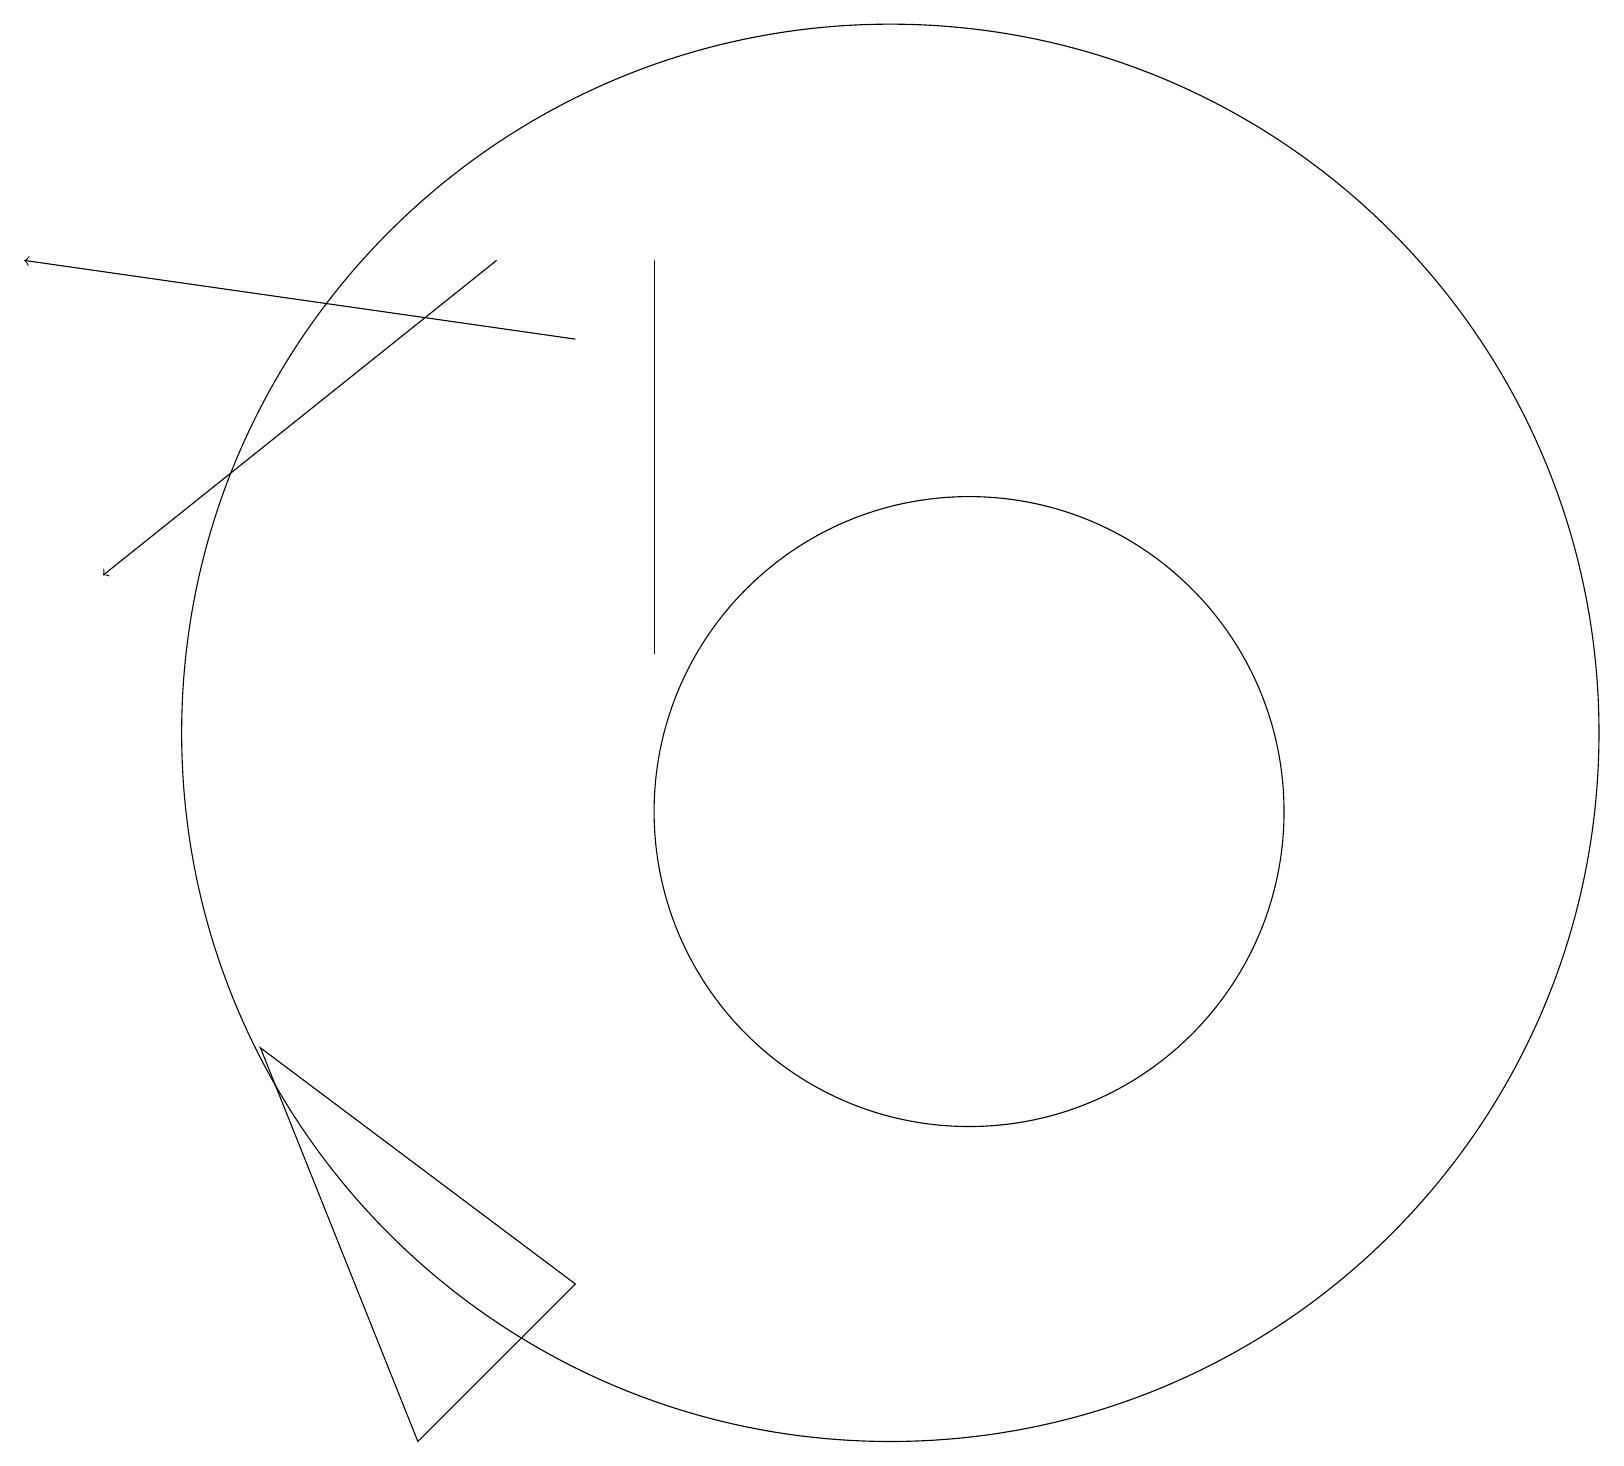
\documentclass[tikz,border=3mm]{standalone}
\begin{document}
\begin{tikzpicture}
\draw (3,8) -- (5,3) -- (7,5) -- cycle;
\draw (12,11) circle (0);
\draw[->] (6,18) -- (1,14);
\draw (11,12) circle (9);
\draw[->] (7,17) -- (0,18);
\draw (8,18) rectangle (8,13);
\draw (12,11) circle (4);
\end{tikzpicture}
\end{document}